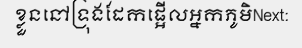
ខ្លួននៅទ្រុងដែកផ្អើលអ្នកភូមិNext: